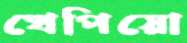
খেপিয়ো